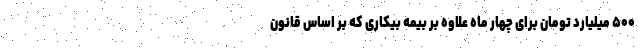
۵۰۰ میلیارد تومان برای چهار ماه علاوه بر بیمه بیکاری که بر اساس قانون